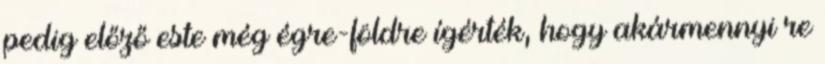
pedig előző este még égre-földre ígérték, hogy akármennyi re